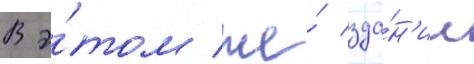
В э́том же́ зда́н'ии